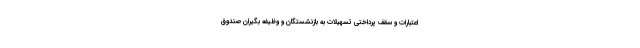
اعتبارات و سقف پرداختی تسهیلات به بازنشستگان و وظیفه بگیران صندوق